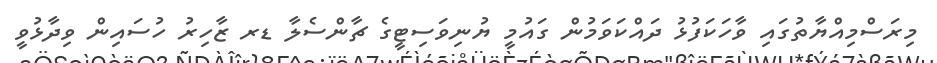
މިރަސްމިއްޔާތުގައި ވާހަކަފުޅު ދައްކަވަމުން ގައުމީ ޔުނިވަސިޓީގެ ޗާންސެލާ ޑރ ޒާހިރު ހުސައިން ވިދާޅުވީ